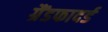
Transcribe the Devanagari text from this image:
ग्रैंडफादर्ड